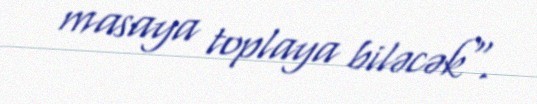
masaya toplaya biləcək".